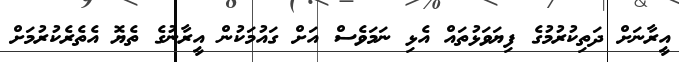
އީރާނަށް ދަތިކުރުމުގެ ފިޔަވަޅުތައް އެޅި ނަމަވެސް އަށް ގައުމަކުން އީރާނުގެ ތެޔޮ އެތެރެކުރުމަށް